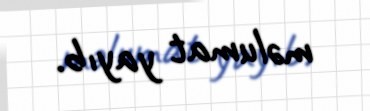
məlumat yayıb.